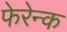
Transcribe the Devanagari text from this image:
फेरेन्क